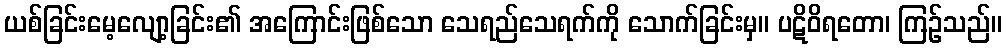
ယစ်ခြင်းမေ့လျော့ခြင်း၏ အကြောင်းဖြစ်သော သေရည်သေရက်ကို သောက်ခြင်းမှ။ ပဋိဝိရတော၊ ကြဉ်သည်။